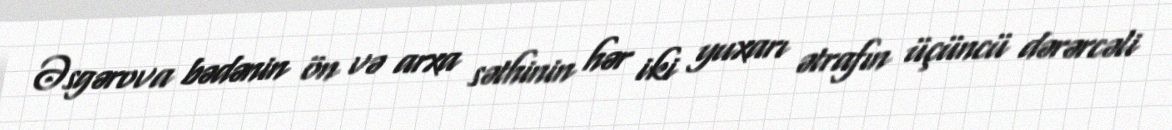
Əsgərova bədənin ön və arxa səthinin hər iki yuxarı ətrafın üçüncü dərərcəli